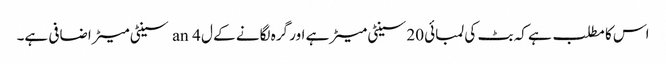
اس کا مطلب ہے کہ بٹ کی لمبائی 20 سینٹی میٹر ہے اور گرہ لگانے کے ل an 4 سینٹی میٹر اضافی ہے۔